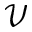
\mathcal { V }